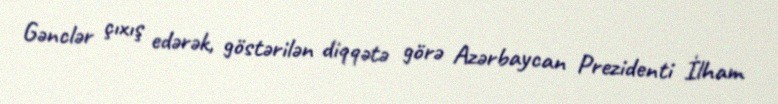
Gənclər çıxış edərək, göstərilən diqqətə görə Azərbaycan Prezidenti İlham